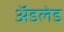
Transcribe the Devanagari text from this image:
अॅडलेड